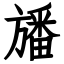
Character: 旙